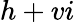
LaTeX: h+vi